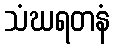
သံဃရတနံ